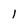
Character: l